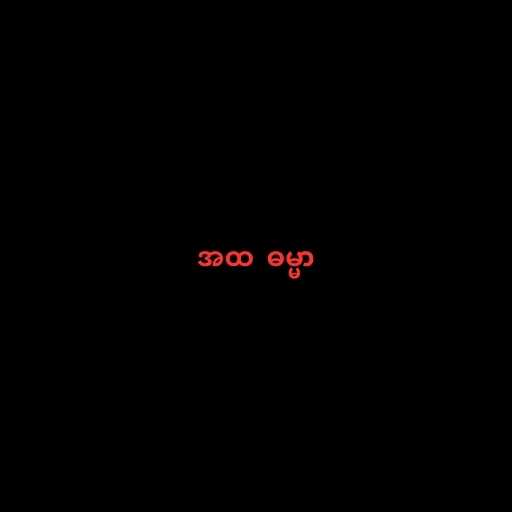
အထ  ဓမ္မာ